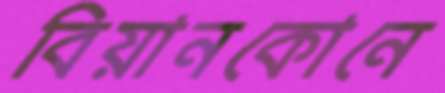
বিয়ানকোনে